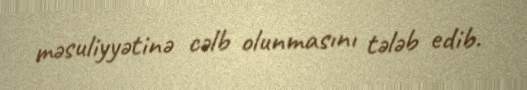
məsuliyyətinə cəlb olunmasını tələb edib.